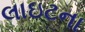
લાઇટના